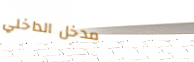
مدخل الداخلي